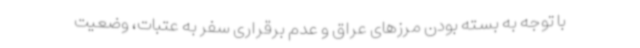
با توجه به بسته بودن مرزهای عراق و عدم برقراری سفر به عتبات، وضعیت